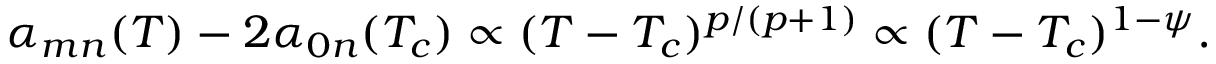
\alpha _ { m n } ( T ) - 2 \alpha _ { 0 n } ( T _ { c } ) \propto ( T - T _ { c } ) ^ { p / ( p + 1 ) } \propto ( T - T _ { c } ) ^ { 1 - \psi } .